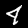
Digit: 4